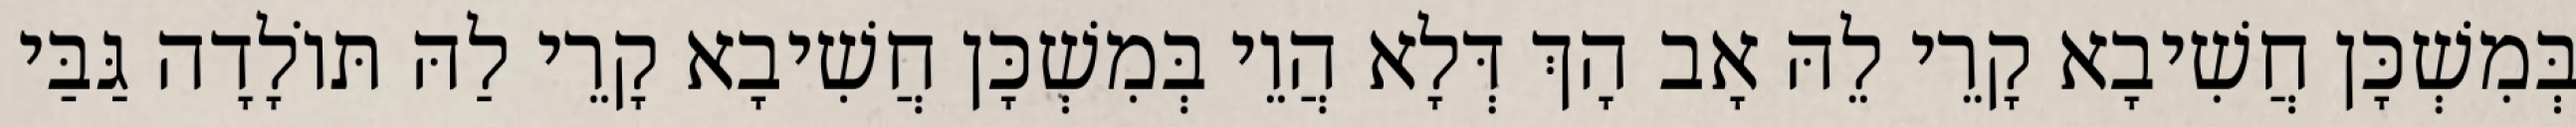
בְּמִשְׁכָּן חֲשִׁיבָא קָרֵי לֵהּ אָב הָךְ דְּלָא הֲוֵי בְּמִשְׁכָּן חֲשִׁיבָא קָרֵי לַהּ תּוֹלָדָה גַּבַּי